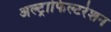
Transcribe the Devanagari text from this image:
अल्ट्राफिल्टरेशन